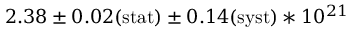
2 . 3 8 \pm { 0 . 0 2 ( \mathrm { s t a t } ) } \pm { 0 . 1 4 ( \mathrm { s y s t } ) } * 1 0 ^ { 2 1 }